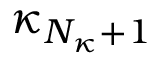
\kappa _ { N _ { \kappa } + 1 }